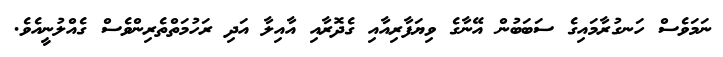
ނަމަވެސް ހަނގުރާމައިގެ ސަބަބުން އޭނާގެ ވިޔަފާރިއާއި ގެދޮރާއި އާއިލާ އަދި ރަހުމަތްތެރިންވެސް ގެއްލުނީއެވެ.